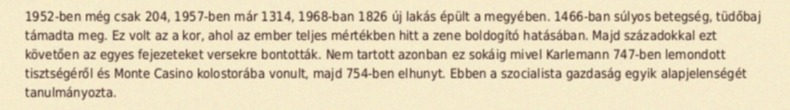
1952-ben még csak 204, 1957-ben már 1314, 1968-ban 1826 új lakás épült a megyében. 1466-ban súlyos betegség, tüdőbaj támadta meg. Ez volt az a kor, ahol az ember teljes mértékben hitt a zene boldogító hatásában. Majd századokkal ezt követően az egyes fejezeteket versekre bontották. Nem tartott azonban ez sokáig mivel Karlemann 747-ben lemondott tisztségéről és Monte Casino kolostorába vonult, majd 754-ben elhunyt. Ebben a szocialista gazdaság egyik alapjelenségét tanulmányozta.